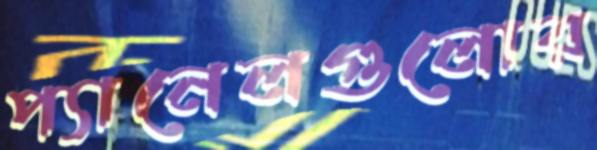
প্যানেলগুলোর